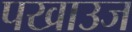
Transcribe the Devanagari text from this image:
पखाउज